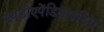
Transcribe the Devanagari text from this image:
स्यूडोएपेंडिसाइटिस